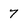
Character: 7